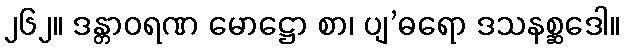
၂၆၂။ ဒန္တာဝရဏ မောဋ္ဌော စာ၊ ပျ’ဓရော ဒသနစ္ဆဒေါ။